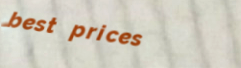
best prices